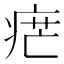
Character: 𤶼